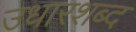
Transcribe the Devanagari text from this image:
उधारशब्द